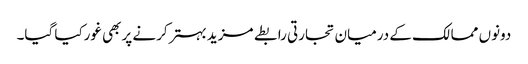
دونوں ممالک کے درمیان تجارتی رابطے مزید بہترکرنے پربھی غورکیا گیا۔